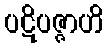
ပဋိပဇ္ဇာဟိ